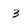
Character: 3